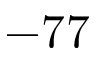
- 7 7